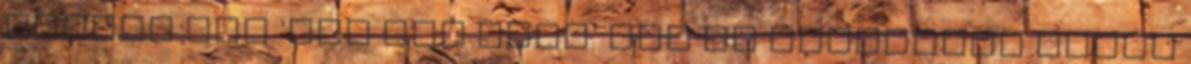
Awards For 'The Big Four' DVD In Australia angol